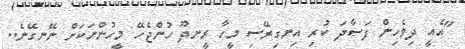
"އެއީ ދިވެހިން ފަސާދަ ކުރި އިނގިރޭސި މީހާ ރީނދޫ ހުންޖެހޭ މީހުންނަކަށް ނޭނގޭނެ..